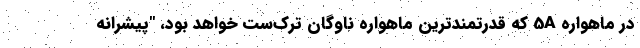
در ماهواره 5A که قدرتمندترین ماهواره ناوگان ترک‌ست خواهد بود، "پیشرانه